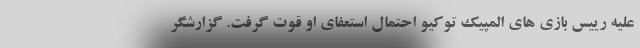
علیه رییس بازی های المپیک توکیو احتمال استعفای او قوت گرفت. گزارشگر